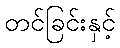
တင်ခြင်းနှင့်